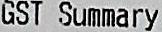
GST SUMMARY